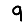
Digit: 9